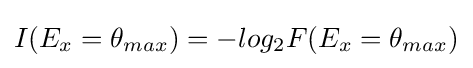
I(E_{x}=\theta _{max})=-log_{2}F(E_{x}=\theta _{max})